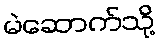
မဲဆောက်သို့